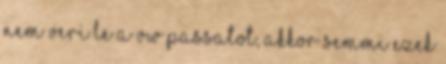
nem veri le a VW Passatot, akkor semmi Ezek